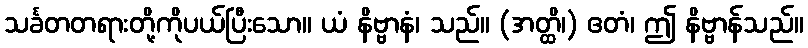
သင်္ခတတရားတို့ကိုပယ်ပြီးသော။ ယံ နိဗ္ဗာနံ၊ သည်။ (အတ္ထိ၊) ဧတံ၊ ဤ နိဗ္ဗာန်သည်။